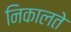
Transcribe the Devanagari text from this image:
निकालते